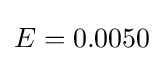
E=0.0050